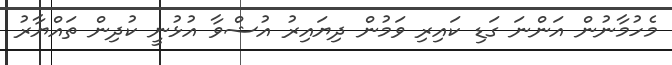
މެހުމާނުން އަންނަ ގަޑި ކައިރި ވަމުން ދިޔައިރު އުޝްވާ އުޅުނީ ކުދިން ތައްޔާރު